38_143685_box7_Incident_Summaries_1-100
Agency: Department of War
Page 66
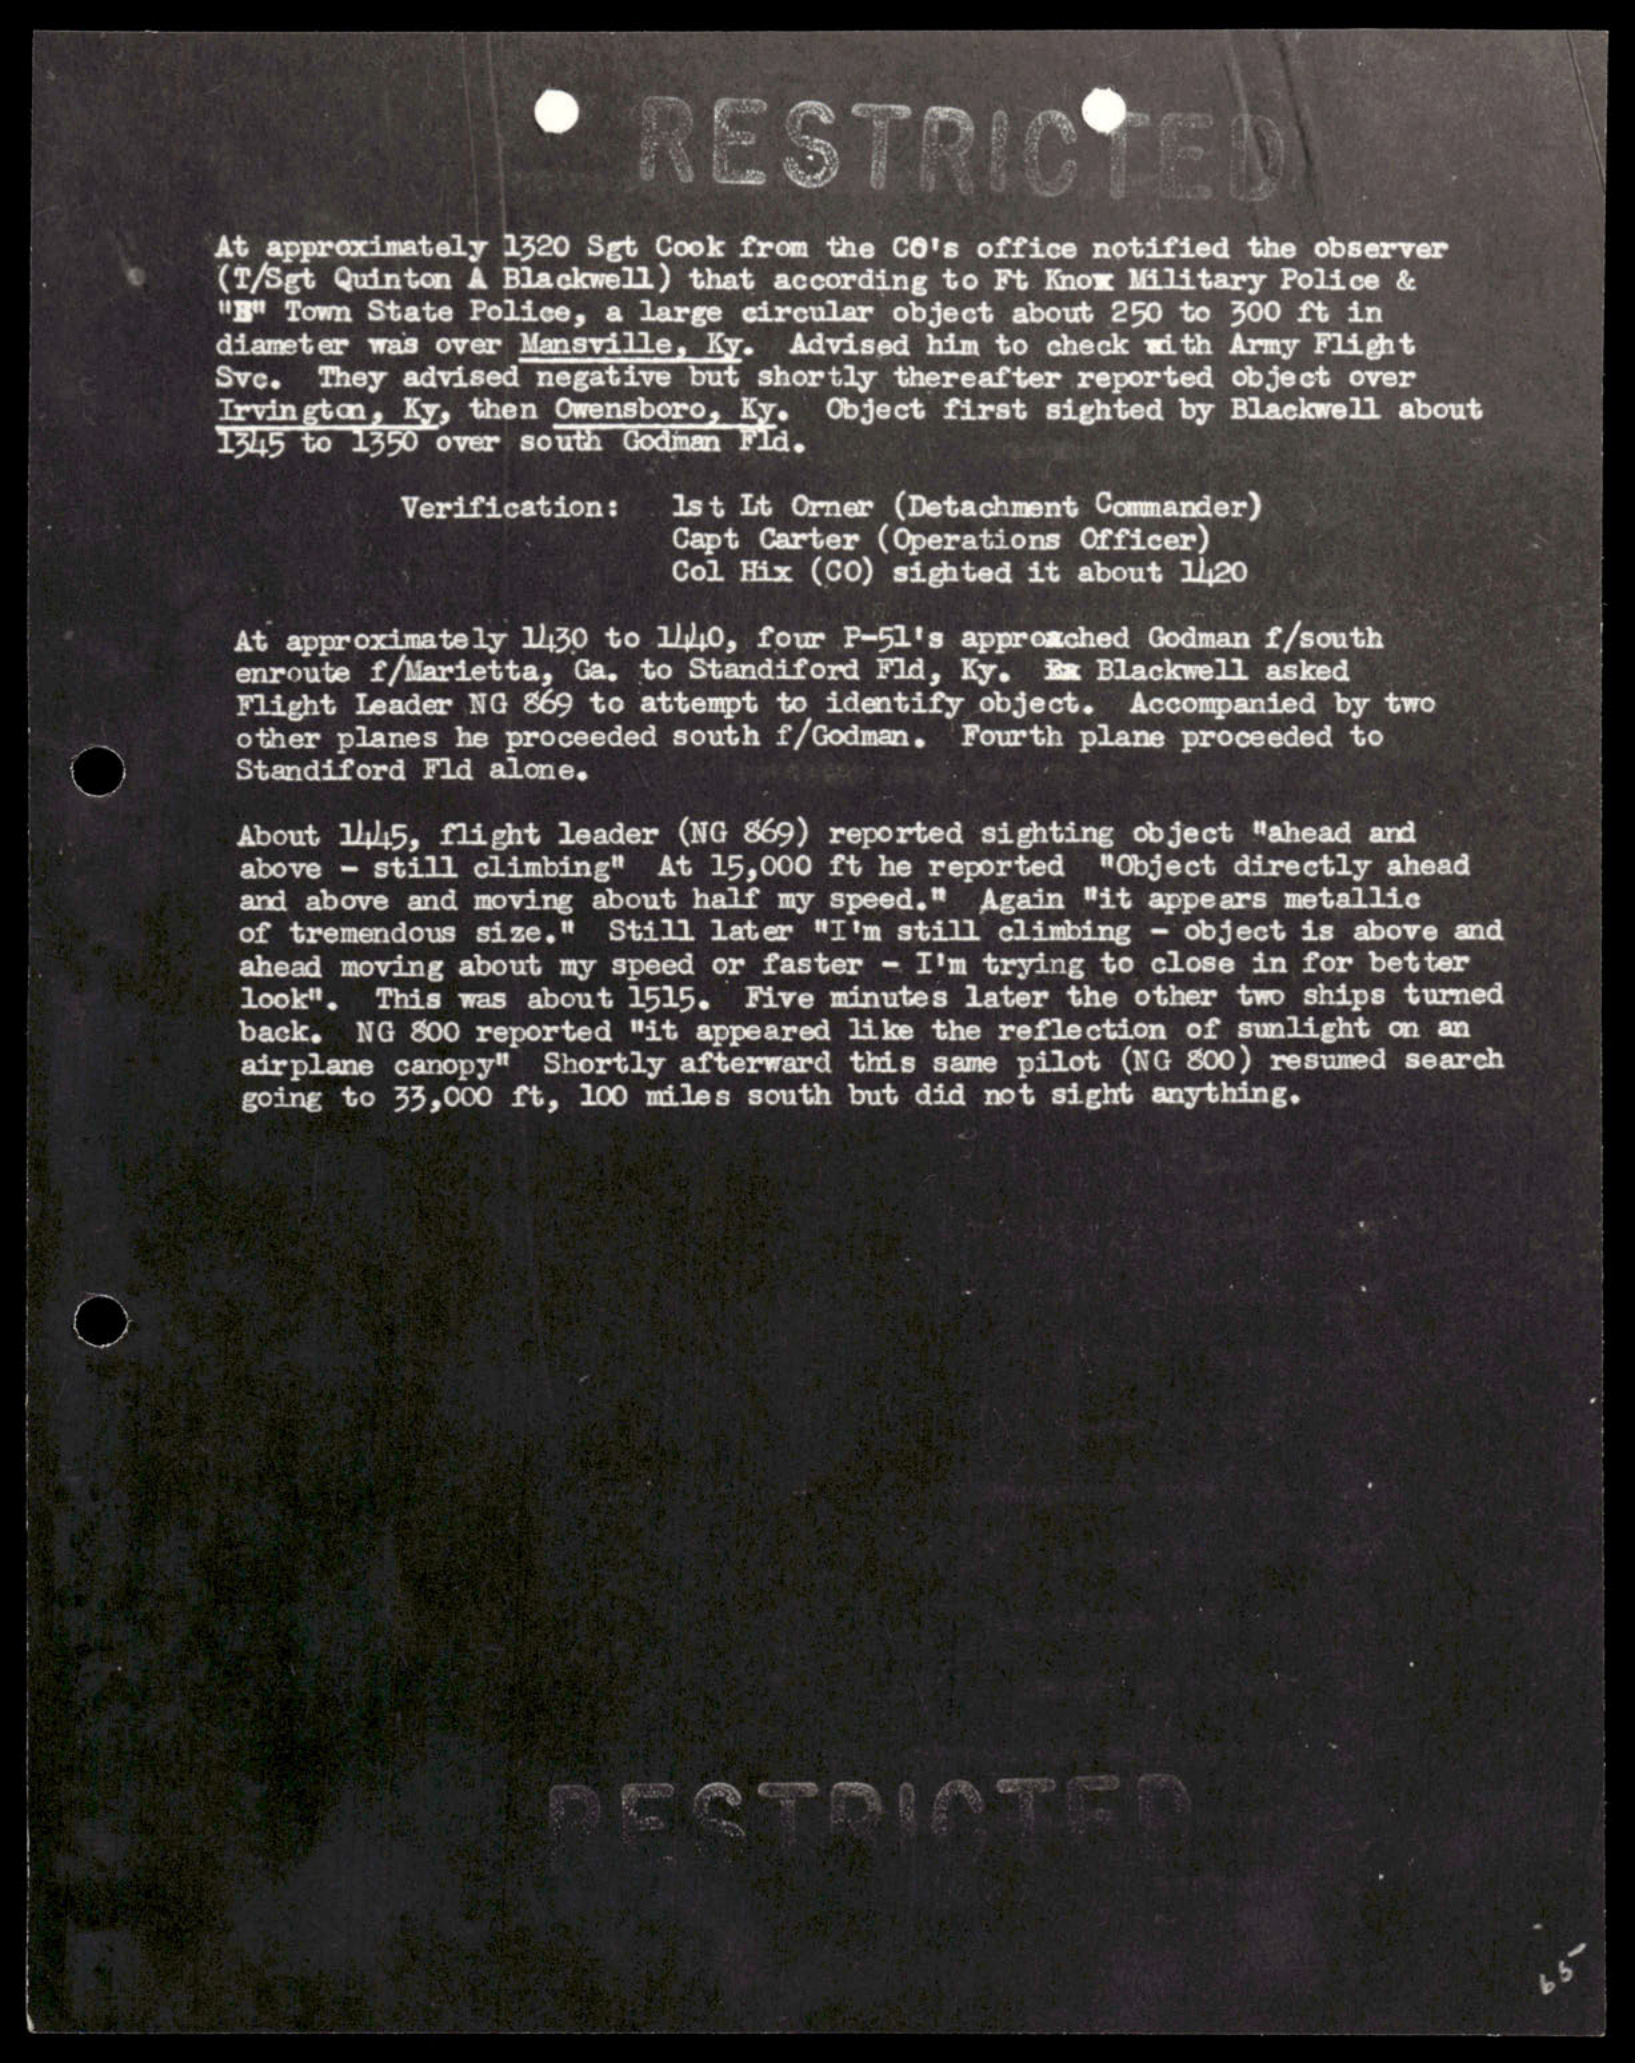